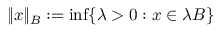
\| x \| _ { B } : = \operatorname* { i n f } \{ \lambda > 0 : x \in \lambda B \}